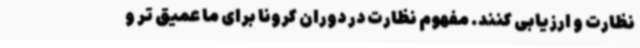
نظارت و ارزیابی کنند. مفهوم نظارت در دوران کرونا برای ما عمیق تر و